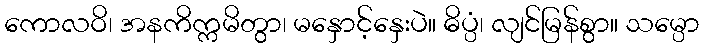
ကောလဝိ၊ အနကိက္ကမိတွာ၊ မနှောင့်နှေးပဲ။ ဓိပ္ပံ၊ လျင်မြန်စွာ။ သမ္ပော